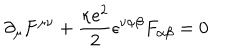
LaTeX: \partial _ { \mu } F ^ { \mu \nu } + \frac { \kappa e ^ { 2 } } { 2 } \epsilon ^ { \nu \alpha \beta } F _ { \alpha \beta } = 0